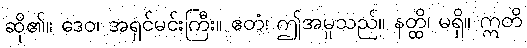
ဆို၏။ ဒေဝ၊ အရှင်မင်းကြီး။ ဧတံ၊ ဤအမှုသည်။ နတ္ထိ၊ မရှိ။ ဣတိ